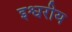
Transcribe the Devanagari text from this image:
इश्वरीय